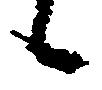
候